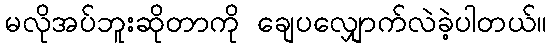
မလိုအပ်ဘူးဆိုတာကို ချေပလျှောက်လဲခဲ့ပါတယ်။